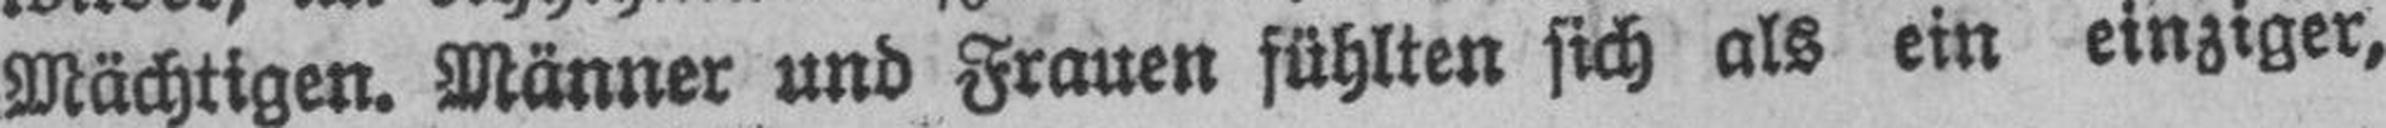
Mächtigen. Männer und Frauen fühlten sich als ein einziger,